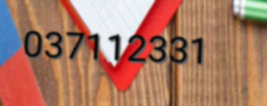
037112331